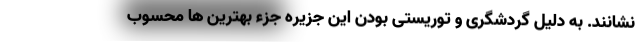
نشانند. به دلیل گردشگری و توریستی بودن این جزیره جزء بهترین ها محسوب